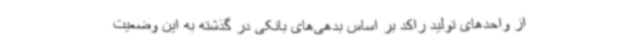
از واحدهای تولید راکد بر اساس بدهی‌های بانکی در گذشته به این وضعیت